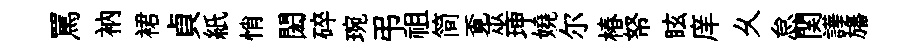
罵衲裙貞紙悄閎碎琬弔祖简覔巫坤嬈尔椿帑眩庠乆怠関譁旛